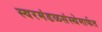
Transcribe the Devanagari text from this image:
स्वरमंडळसंस्थेमार्फत